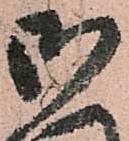
御